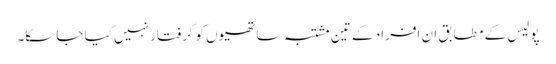
پولیس کے مطابق ان افراد کے تین مشتبہ ساتھیوں کو گرفتار نہیں کیا جاسکا۔